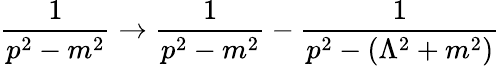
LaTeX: {\frac{1}{p^{2}-m^{2}}}\to{\frac{1}{p^{2}-m^{2}}}-{\frac{1}{p^{2}-(\Lambda^{2}+m^{2})}}